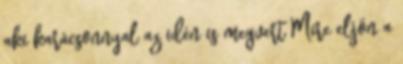
aki karácsonnyal az idén is megvert Mire eljön a